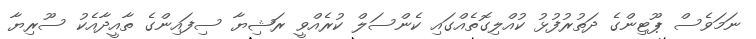
ނަމަވެސް ޕޫޓިންގެ ދަތުރުފުޅު ކުއްލިގޮތެއްގައި ކެންސަލް ކުރެއްވީ ރަޝިޔާ ސިފައިންގެ ތާއީދާއެކު ސޫރިޔާ